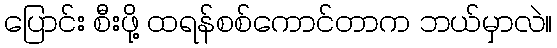
ပြောင်း စီးဖို့ ထရန်စစ်ကောင်တာက ဘယ်မှာလဲ။